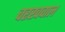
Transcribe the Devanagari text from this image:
चरखवाल